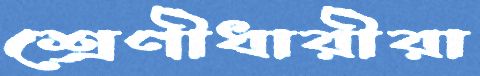
শ্রেণীধারীরা